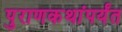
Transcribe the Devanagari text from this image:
पुराणकथांपर्यंत